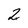
Character: 2